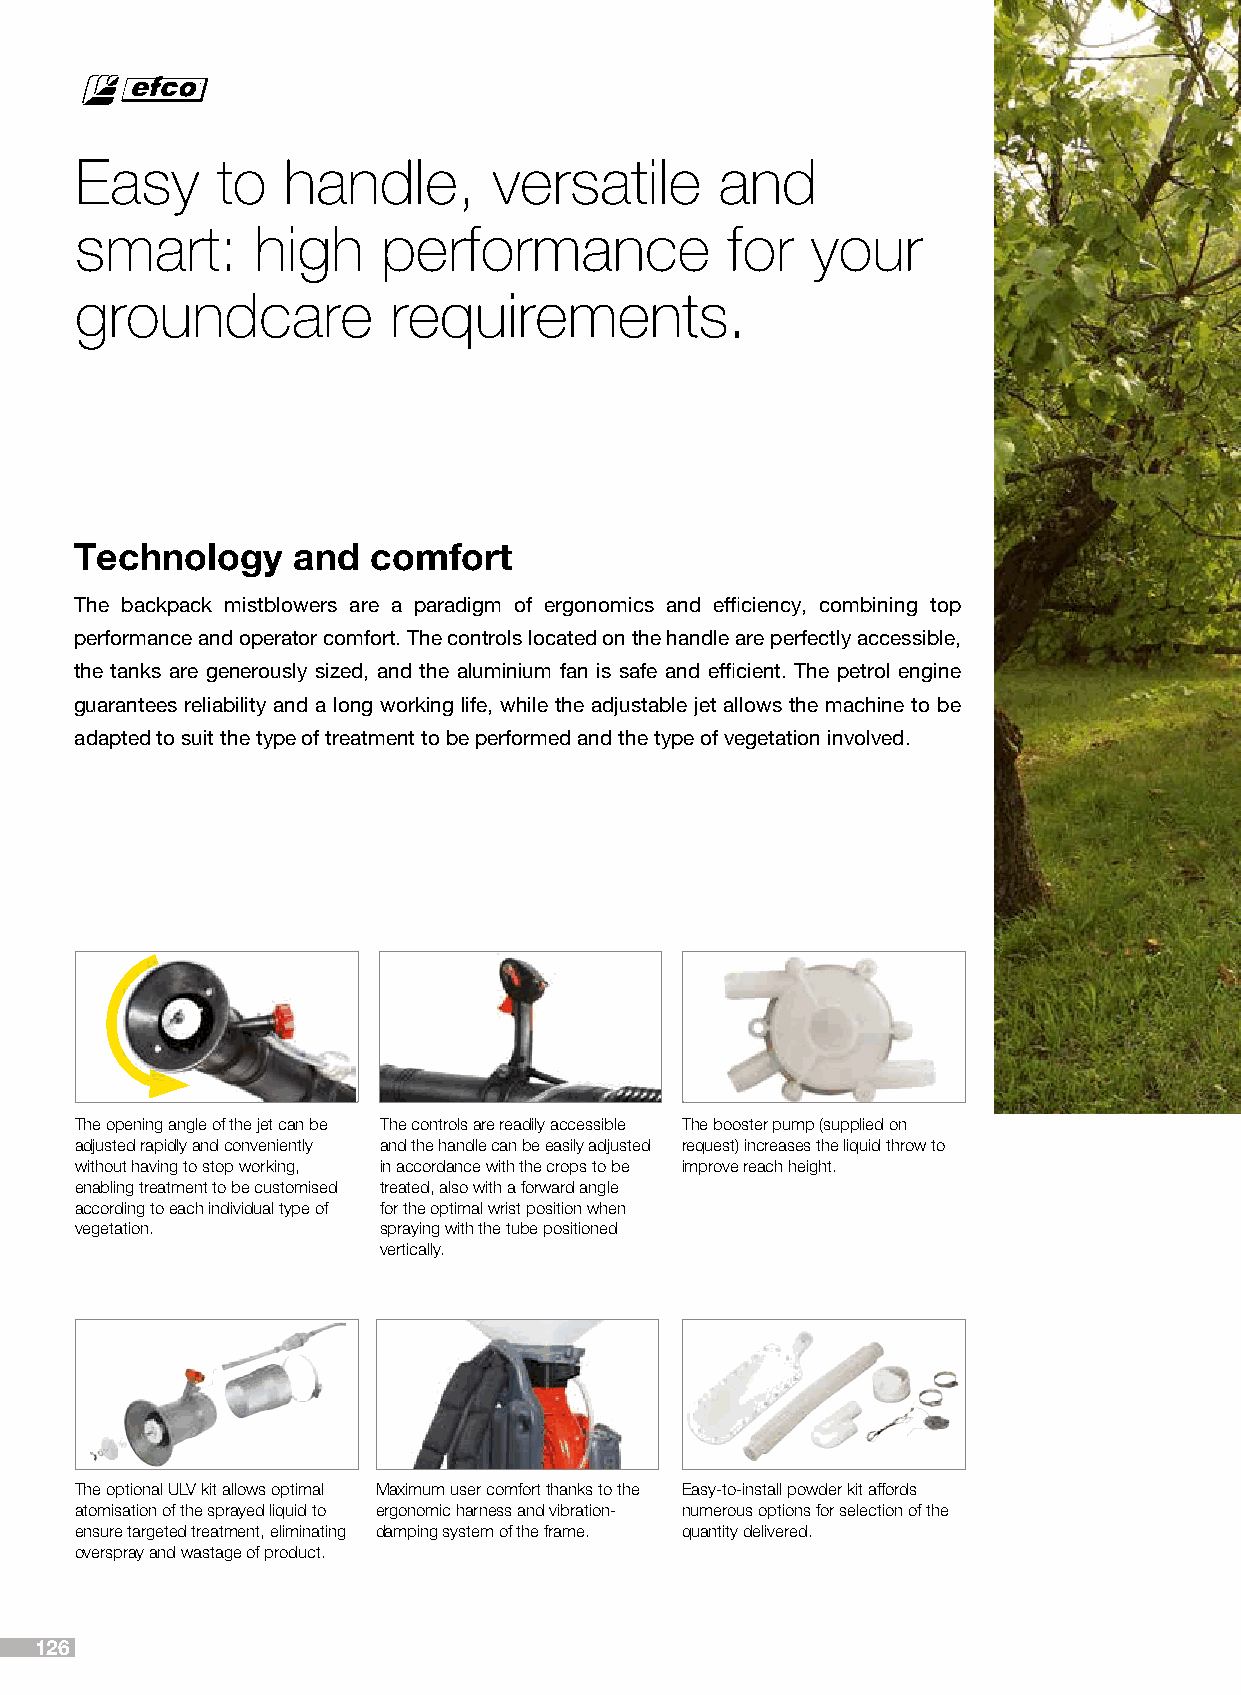
Easy     to   handle,       versatile      and
 smart:      high    performance            for   your
 groundcare           requirements.
 Technology    and   comfort
 The backpack mistblowers are a paradigm of ergonomics and efficiency, combining top
 performance and operator comfort. The controls located on the handle are perfectly accessible,
 the tanks are generously sized, and the aluminium fan is safe and efficient. The petrol engine
 guarantees reliability and a long working life, while the adjustable jet allows the machine to be
 adapted to suit the type of treatment to be performed and the type of vegetation involved.
 The opening angle of the jet can be The controls are readily accessible The booster pump (supplied on
 adjusted rapidly and conveniently and the handle can be easily adjusted request) increases the liquid throw to
 without having to stop working, in accordance with the crops to be improve reach height.
 enabling treatment to be customised treated, also with a forward angle
 according to each individual type of for the optimal wrist position when
 vegetation.         spraying with the tube positioned
 vertically.
 The optional ULV kit allows optimal Maximum user comfort thanks to the Easy-to-install powder kit affords
 atomisation of the sprayed liquid to ergonomic harness and vibration- numerous options for selection of the
 ensure targeted treatment, eliminating damping system of the frame. quantity delivered.
 overspray and wastage of product.
 126